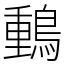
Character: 䳯